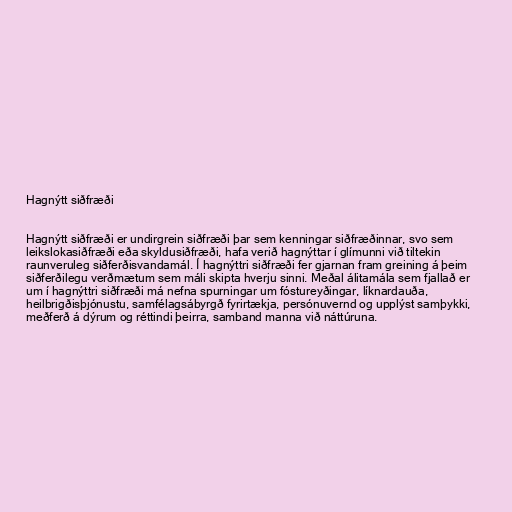
Hagnýtt siðfræði

Hagnýtt siðfræði er undirgrein siðfræði þar sem kenningar siðfræðinnar, svo sem
leikslokasiðfræði eða skyldusiðfræði, hafa verið hagnýttar í glímunni við tiltekin
raunveruleg siðferðisvandamál. Í hagnýttri siðfræði fer gjarnan fram greining á þeim
siðferðilegu verðmætum sem máli skipta hverju sinni. Meðal álitamála sem fjallað er
um í hagnýttri siðfræði má nefna spurningar um fóstureyðingar, líknardauða,
heilbrigðisþjónustu, samfélagsábyrgð fyrirtækja, persónuvernd og upplýst samþykki,
meðferð á dýrum og réttindi þeirra, samband manna við náttúruna.